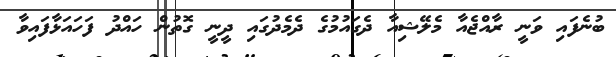
ބުނެފައި ވަނީ ރާއްޖެއާ މެލޭޝިއާ ދެގައުމުގެ ދެމެދުގައި ދީނީ ގޮތުން ހައްދު ފަހައަޅާފައިވާ